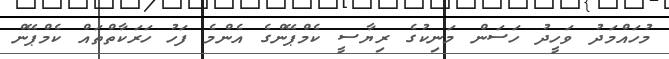
މުހައްމަދު ވަހީދު ހަސަން މަނިކުގެ ރިޔާސީ ކެމްޕޭންގެ އެންމެ ފަހު ހަރަކާތްތައް ކެމްޕޭން